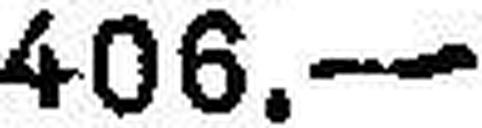
495.—